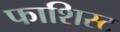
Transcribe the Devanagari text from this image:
फाशिस्ट